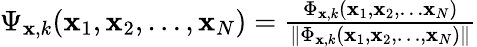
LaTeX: \begin{array}{r}{\Psi_{\mathbf{x},k}(\mathbf{x}_{1},\mathbf{x}_{2},\ldots,\mathbf{x}_{N})={\frac{\Phi_{\mathbf{x},k}(\mathbf{x}_{1},\mathbf{x}_{2},\ldots\mathbf{x}_{N})}{{\left\| \Phi_{\mathbf{x},k}(\mathbf{x}_{1},\mathbf{x}_{2},\ldots,\mathbf{x}_{N})\right\| }}}}\end{array}